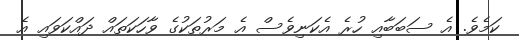
ކަމެވެ. އެ ސަބަބާއި ހުރެ އެކަނިވެސް އެ މަރުތަކުގެ ވާހަކަތައް ދައްކަވައި އެ